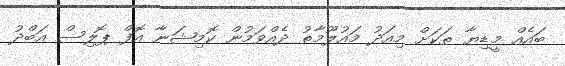
ބައެއް މީޑިޔާ ތަކަށް މިއަދު މައުލޫމާތު ދެއްވަމުން ކޮމިޝަނާ އޮފް ޕޮލިސް އަބްދު